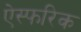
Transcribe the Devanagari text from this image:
ऐस्फरिक